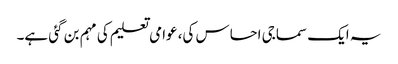
یہ ایک سماجی احساس کی، عوامی تعلیم کی مہم بن گئی ہے۔